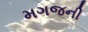
મગજની